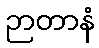
ဉာတာနံ